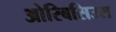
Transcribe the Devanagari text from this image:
ओरिबसिउस